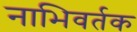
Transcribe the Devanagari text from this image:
नाभिवर्तक